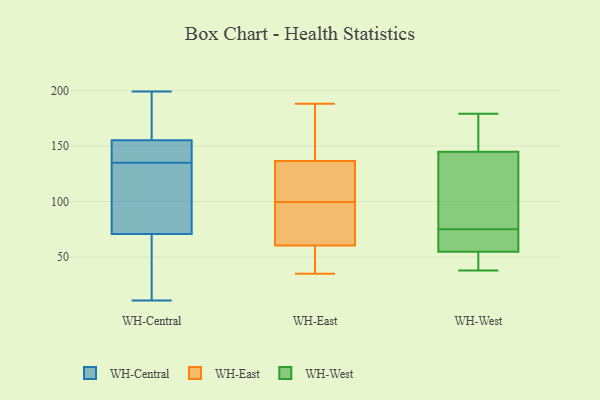
{"axis": {"x": "LTV (USD)", "y": "Value"}, "legend": ["WH-Central", "WH-East", "WH-West"], "data": [{"x": "", "y": 135, "type": "WH-Central"}, {"x": "", "y": 144, "type": "WH-Central"}, {"x": "", "y": 150, "type": "WH-Central"}, {"x": "", "y": 49, "type": "WH-Central"}, {"x": "", "y": 179, "type": "WH-Central"}, {"x": "", "y": 78, "type": "WH-Central"}, {"x": "", "y": 11, "type": "WH-Central"}, {"x": "", "y": 162, "type": "WH-Central"}, {"x": "", "y": 34, "type": "WH-Central"}, {"x": "", "y": 153, "type": "WH-Central"}, {"x": "", "y": 116, "type": "WH-Central"}, {"x": "", "y": 199, "type": "WH-Central"}, {"x": "", "y": 124, "type": "WH-Central"}, {"x": "", "y": 35, "type": "WH-East"}, {"x": "", "y": 85, "type": "WH-East"}, {"x": "", "y": 35, "type": "WH-East"}, {"x": "", "y": 188, "type": "WH-East"}, {"x": "", "y": 83, "type": "WH-East"}, {"x": "", "y": 143, "type": "WH-East"}, {"x": "", "y": 126, "type": "WH-East"}, {"x": "", "y": 70, "type": "WH-East"}, {"x": "", "y": 130, "type": "WH-East"}, {"x": "", "y": 113, "type": "WH-East"}, {"x": "", "y": 42, "type": "WH-East"}, {"x": "", "y": 130, "type": "WH-East"}, {"x": "", "y": 169, "type": "WH-East"}, {"x": "", "y": 86, "type": "WH-East"}, {"x": "", "y": 159, "type": "WH-East"}, {"x": "", "y": 51, "type": "WH-East"}, {"x": "", "y": 75, "type": "WH-West"}, {"x": "", "y": 146, "type": "WH-West"}, {"x": "", "y": 53, "type": "WH-West"}, {"x": "", "y": 52, "type": "WH-West"}, {"x": "", "y": 45, "type": "WH-West"}, {"x": "", "y": 80, "type": "WH-West"}, {"x": "", "y": 60, "type": "WH-West"}, {"x": "", "y": 179, "type": "WH-West"}, {"x": "", "y": 38, "type": "WH-West"}, {"x": "", "y": 93, "type": "WH-West"}, {"x": "", "y": 141, "type": "WH-West"}, {"x": "", "y": 72, "type": "WH-West"}, {"x": "", "y": 147, "type": "WH-West"}, {"x": "", "y": 176, "type": "WH-West"}, {"x": "", "y": 69, "type": "WH-West"}]}